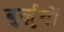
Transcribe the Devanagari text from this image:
बुर्ज़ुगों